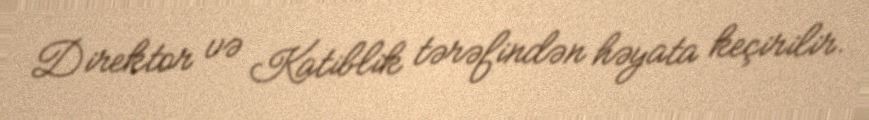
Direktor və Katiblik tərəfindən həyata keçirilir.